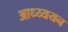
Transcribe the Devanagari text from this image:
आध्य्ययन